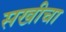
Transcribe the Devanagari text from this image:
सखीचा